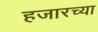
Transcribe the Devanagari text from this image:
हजारच्या